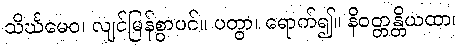
သိင်္ဃမေဝ၊ လျင်မြန်စွာပင်။ ပတွာ၊ ရောက်၍။ နိဝတ္တန္တိယထာ၊